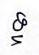
ទ្ទ